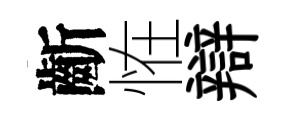
齗恠辯